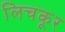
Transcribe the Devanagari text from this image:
लिचकूर